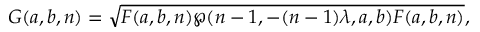
G ( a , b , n ) = \sqrt { F ( a , b , n ) \wp ( n - 1 , - ( n - 1 ) \lambda , a , b ) F ( a , b , n ) } ,